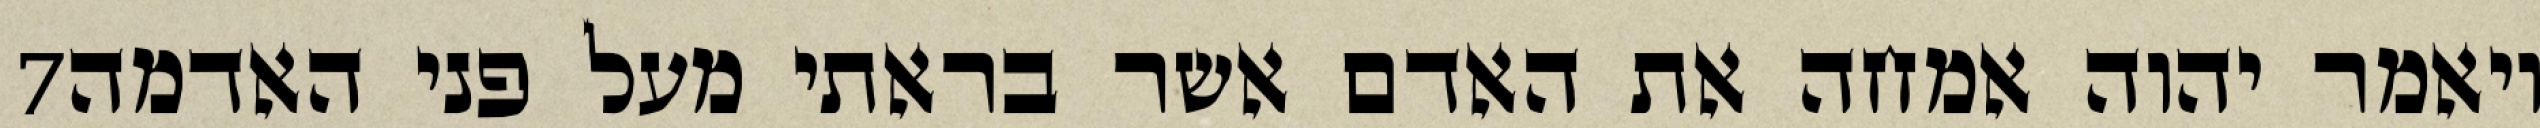
‎7‏ ויאמר יהוה אמחה את האדם אשר בראתי מעל פני האדמה